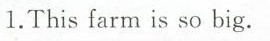
1.This farm is so big.